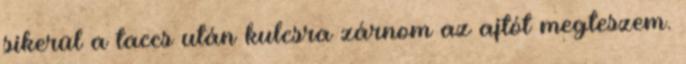
sikerül a taccs után kulcsra zárnom az ajtót megteszem.